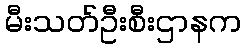
မီးသတ်ဦးစီးဌာနက